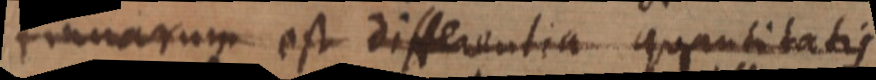
tinuarum, est differentia quantitatis